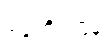
ဒုဂ္ဂတိဂါမိနံ